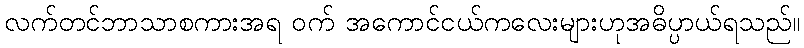
လက်တင်ဘာသာစကားအရ ဝက် အကောင်ငယ်ကလေးများဟုအဓိပ္ပာယ်ရသည်။